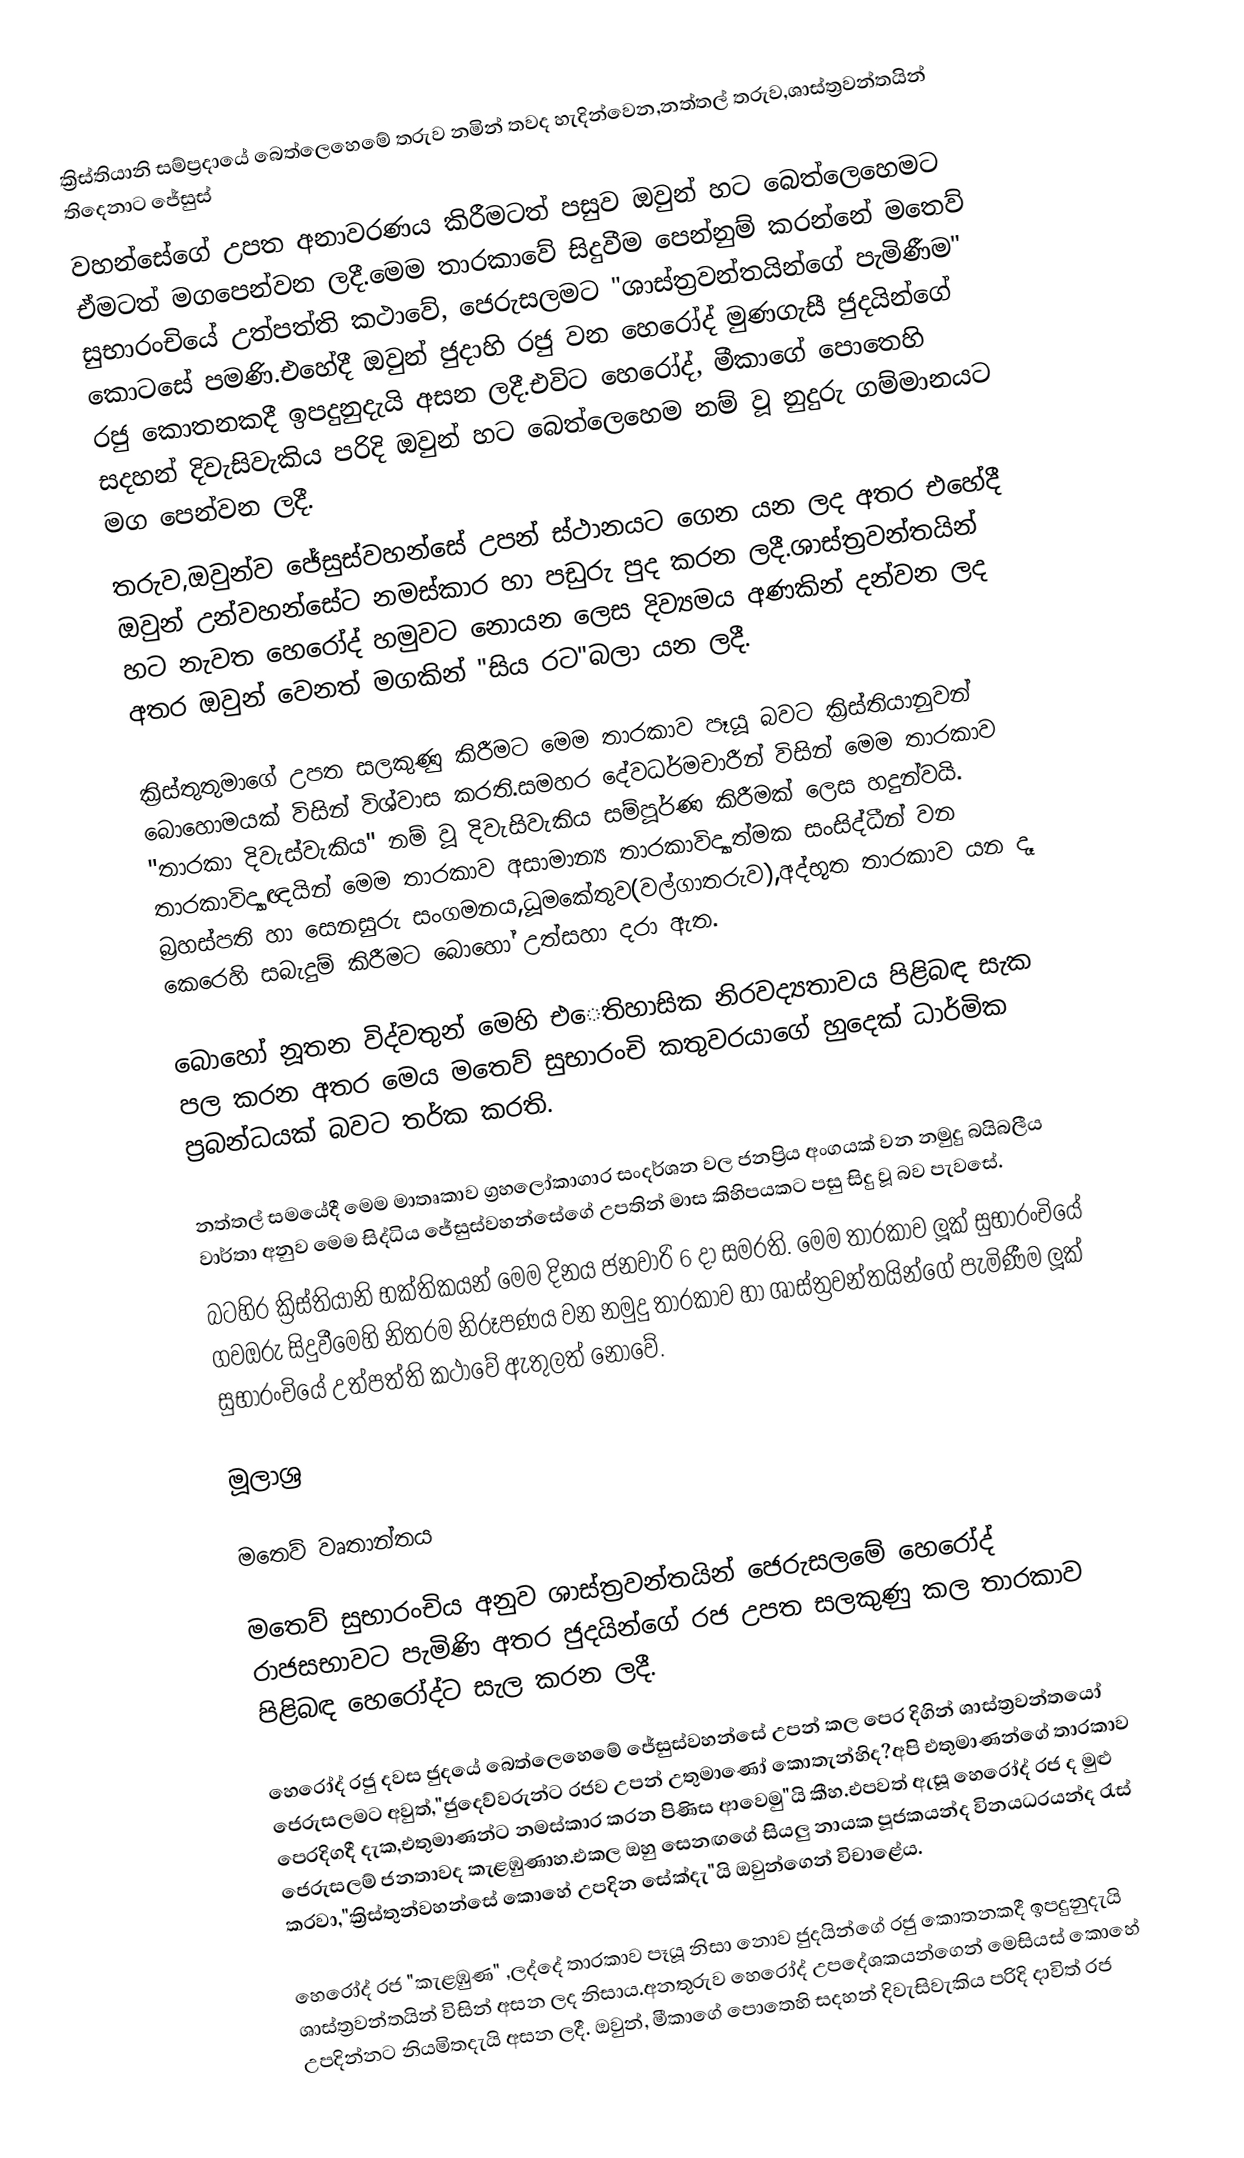
ක්‍රිස්තියානි සම්ප්‍රදායේ බෙත්ලෙහෙමේ‍ තරුව නමින් තවද හැදින්වෙන,නත්තල් තරුව,ශාස්ත්‍රවන්තයින් තිදෙනාට ජේසුස්
වහන්සේගේ උපත අනාවරණය කිරීමටත් පසුව ඔවුන් හට බෙත්ලෙහෙමට ඒමටත් මගපෙන්වන ලදී.මෙම තාරකාවේ සිදුවීම පෙන්නුම් කරන්නේ මතෙව් සුභාරංචියේ උත්පත්ති කථාවේ, ජෙරුසලමට "ශාස්ත්‍රවන්තයින්ගේ පැමිණීම" කොටසේ පමණි.එහේදී ඔවුන් ජුදාහි රජු වන හෙරෝද් මුණගැසී ජුදයින්ගේ රජු කොතනකදී ඉපදුනුදැයි අසන ලදී.එවිට හෙරෝද්, මීකාගේ පොතෙහි සදහන් දිවැසිවැකිය පරිදි ඔවුන් හට බෙත්ලෙහෙම නම් වූ නුදුරු ගම්මානයට මග පෙන්වන ලදී.
තරුව,ඔවුන්ව ජේසුස්වහන්සේ උපන් ස්ථානයට ගෙන යන ලද අතර එහේදී ඔවුන් උන්වහන්සේට නමස්කාර හා පඩුරු පුද කරන ලදී.ශාස්ත්‍රවන්තයින් හට නැවත හෙරෝද් හමුවට නොයන ලෙස දිව්‍යමය අණකින්  දන්වන ලද අතර ඔවුන් වෙනත් මගකින් "සිය රට"බලා යන ලදී.

ක්‍රිස්තුතුමාගේ උපත සලකුණු කිරීමට මෙම තාරකාව පෑයූ බවට ක්‍රිස්තියානුවන් බොහොමයක් විසින් විශ්වාස කරති.සමහර දේවධර්මචාරීන් විසින් මෙම තාරකාව "තාරකා දිවැස්වැකිය" නම් වූ දිවැසිවැකිය සම්පූර්ණ කිරීමක් ලෙස හදුන්වයි. තාරකාවිද්‍යාඥයින් මෙම තාරකාව අසාමාන්‍ය තාරකාවිද්‍යාත්මක සංසිද්ධීන් වන බ්‍රහස්පති හා සෙනසුරු සංගමනය,ධූමකේතුව(වල්ගාතරුව),අද්භූත තාරකාව යන දෑ කෙරෙහි සබැදුම් කිරීමට බොහෝ උත්සහා දරා ඇත.

බොහෝ නූතන විද්වතුන් මෙහි එෙතිහාසික නිරවද්‍යතාවය පිළිබඳ සැක පල කරන අතර මෙය මතෙව් සුභාරංචි කතුවරයාගේ හුදෙක් ධාර්මික ප්‍රබන්ධයක් බවට තර්ක කරති.

නත්තල් සමයේදී මෙම මාතෘකාව ග්‍රහලෝකාගාර සංදර්ශන වල ජනප්‍රිය අංගයක් වන නමුදු බයිබලීය වාර්තා අනුව මෙම සිද්ධිය ජේසුස්වහන්සේගේ උපතින් මාස කිහිපයකට පසු සිදු වූ බව පැවසේ.
බටහිර ක්‍රිස්තියානි භක්තිකයන් මෙම දිනය ජනවාරි 6 දා සමරති. මෙම තාරකාව ලූක් සුභාරංචියේ ගවඔරු සිදුවීමෙහි නිතරම නිරූපණය වන නමුදු තාරකාව හා ශාස්ත්‍රවන්තයින්ගේ පැමිණීම ලූක් සුභාරංචියේ උත්පත්ති කථාවේ ඇතුලත් නොවේ.

මූලාශ්‍ර

මතෙව් වෘතාන්තය

මතෙව් සුභාරංචිය අනුව ශාස්ත්‍රවන්තයින් ජෙරුසලමේ හෙරෝද් රාජසභාවට පැමිණි අතර ජුදයින්ගේ රජ උපත සලකුණු කල තාරකාව පිළිබඳ හෙරෝද්ට සැල කරන ලදී.

හෙරෝද් රජු දවස ජුදයේ බෙත්ලෙහෙමේ‍ ජේසුස්වහන්සේ උපන් කල පෙර දිගින් ශාස්ත්‍රවන්තයෝ ජෙරුසලමට අවුත්,"ජුදෙව්වරුන්ට රජව උපන් උතුමාණෝ කොතැන්හිද?අපි එතුමාණන්ගේ තාරකාව පෙරදිගදී දැක,එතුමාණන්ට නමස්කාර කරන පිණිස ආවෙමු"යි කීහ.එපවත් ඇසූ හෙරෝද් රජ ද මුළු ජෙරුසලම් ජනතාවද කැළඹුණාහ.එකල ඔහු සෙනඟගේ සියලු නායක පූජකයන්ද විනයධරයන්ද රැස් කරවා,"ක්‍රිස්තුන්වහන්සේ කොහේ උපදින සේක්දැ"යි ඔවුන්ගෙන් විචාළේය.

හෙරෝද් රජ "කැළඹුණ" ,ලද්දේ තාරකාව පෑයූ නිසා නොව ජුදයින්ගේ රජු කොතනකදී ඉපදුනුදැයි ශාස්ත්‍රවන්තයින් විසින් අසන ලද නිසාය.අනතුරුව හෙරෝද් උපදේශකයන්ගෙන් මෙසියස් කොහේ උපදින්නට නියමිතදැයි අසන ලදී. ඔවුන්, මීකාගේ පොතෙහි සදහන් දිවැසිවැකිය පරිදි දාවිත් රජ